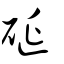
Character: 硟